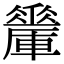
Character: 𨏇